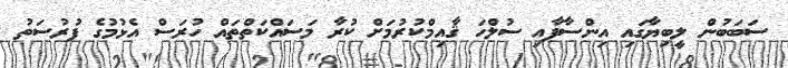
ސަބަބުން ލީބިޔާގައި އިންސާފާއި ސުލްހަ ޤާއިމްކުރުމަށް ކުރާ މަސައްކަތްތައް ހުރަސް އެޅުމުގެ ފުރުސަތު